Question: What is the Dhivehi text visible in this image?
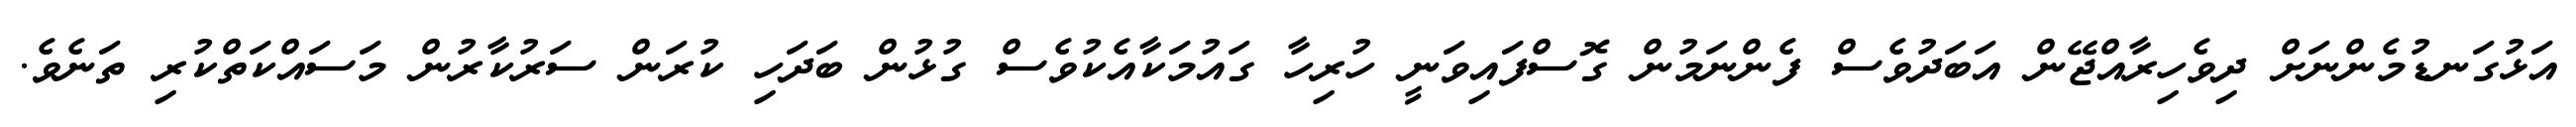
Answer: އަޅުގަނޑުމެންނަށް ދިވެހިރާއްޖޭން އަބަދުވެސް ފެންނަމުން ގޮސްފައިވަނީ ހުރިހާ ގައުމަކާއެކުވެސް ގުޅުން ބަދަހި ކުރަން ސަރުކާރުން މަސައްކަތްކުރި ތަނެވެ.